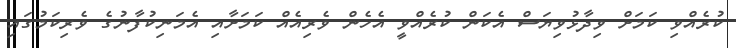
ކުރެއްވި ކަމަށް ވިދާޅުވިޔަސް އެކަން ކުރެއްވީ އެހެން ވެރިއެއް ކަމަށާއި އެމަނިކުފާނުގެ ވެރިކަމުގައި